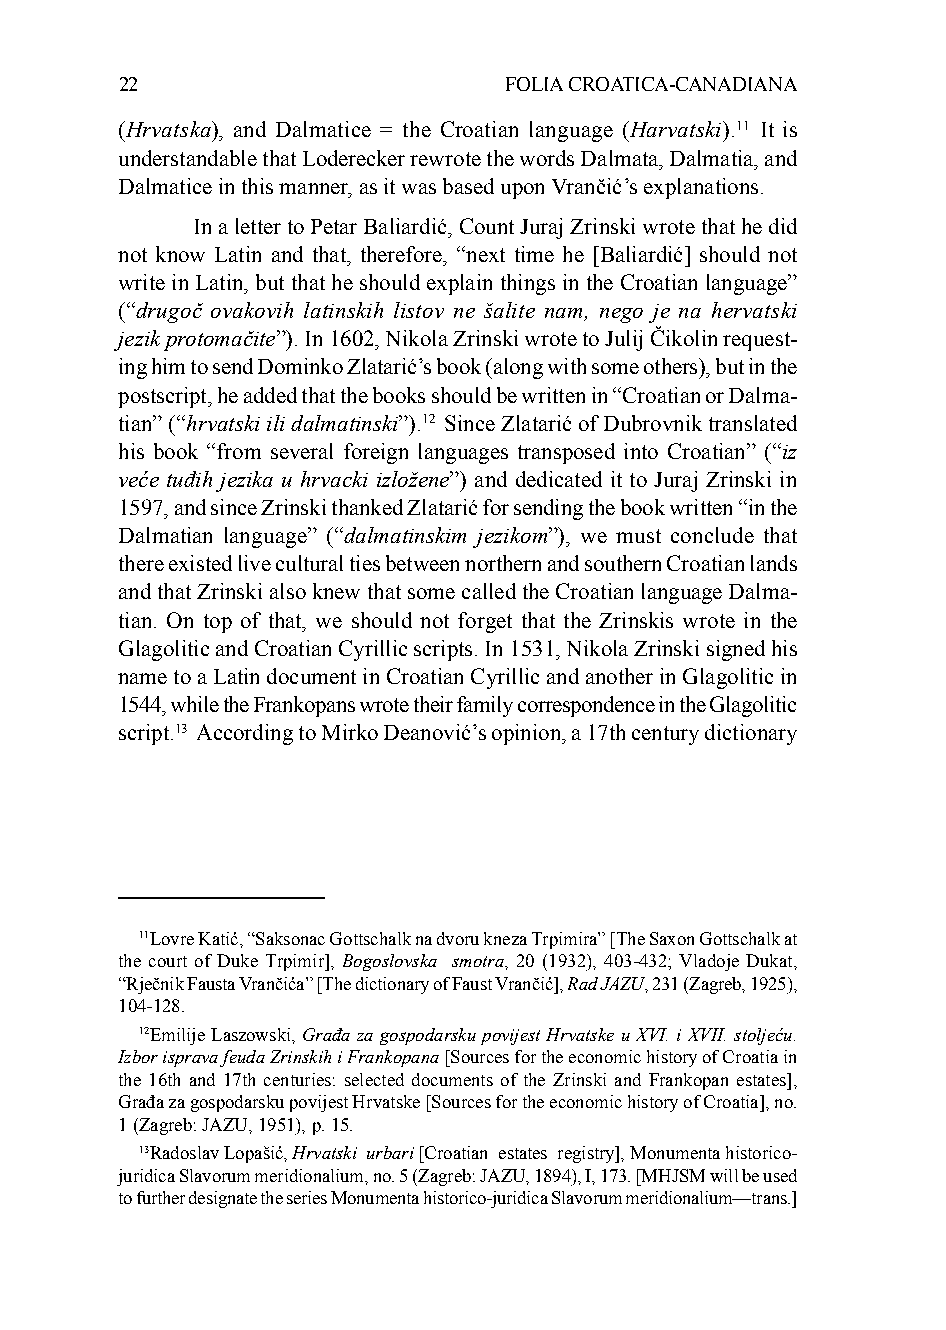
22                       FOLIA CROATICA-CANADIANA
 (Hrvatska), and Dalmatice = the Croatian language (Harvatski).11 It is
 understandable that Loderecker rewrote the words Dalmata, Dalmatia, and
 Dalmatice in this manner, as it was based upon Vrančić’s explanations.
 In a letter to Petar Baliardić, Count Juraj Zrinski wrote that he did
 not know Latin and that, therefore, “next time he [Baliardić] should not
 write in Latin, but that he should explain things in the Croatian language”
 (“drugoč ovakovih latinskih listov ne šalite nam, nego je na hervatski
 jezik protomačite”). In 1602, Nikola Zrinski wrote to Julij Čikolin request-
 ing him to send Dominko Zlatarić’s book (along with some others), but in the
 postscript, he added that the books should be written in “Croatian or Dalma-
 tian” (“hrvatski ili dalmatinski”).12 Since Zlatarić of Dubrovnik translated
 his book “from several foreign languages transposed into Croatian” (“iz
 veće tuđih jezika u hrvacki izložene”) and dedicated it to Juraj Zrinski in
 1597, and since Zrinski thanked Zlatarić for sending the book written “in the
 Dalmatian language” (“dalmatinskim jezikom”), we must conclude that
 there existed live cultural ties between northern and southern Croatian lands
 and that Zrinski also knew that some called the Croatian language Dalma-
 tian. On top of that, we should not forget that the Zrinskis wrote in the
 Glagolitic and Croatian Cyrillic scripts. In 1531, Nikola Zrinski signed his
 name to a Latin document in Croatian Cyrillic and another in Glagolitic in
 1544, while the Frankopans wrote their family correspondence in the Glagolitic
 script.13 According to Mirko Deanović’s opinion, a 17th century dictionary
 11Lovre Katić, “Saksonac Gottschalk na dvoru kneza Trpimira” [The Saxon Gottschalk at
 the court of Duke Trpimir], Bogoslovska smotra, 20 (1932), 403-432; Vladoje Dukat,
 “Rječnik Fausta Vrančića” [The dictionary of Faust Vrančić], Rad JAZU, 231 (Zagreb, 1925),
 104-128.
 12Emilije Laszowski, Građa za gospodarsku povijest Hrvatske u XVI. i XVII. stoljeću.
 Izbor isprava feuda Zrinskih i Frankopana [Sources for the economic history of Croatia in
 the 16th and 17th centuries: selected documents of the Zrinski and Frankopan estates],
 Građa za gospodarsku povijest Hrvatske [Sources for the economic history of Croatia], no.
 1 (Zagreb: JAZU, 1951), p. 15.
 13Radoslav Lopašić, Hrvatski urbari [Croatian estates registry], Monumenta historico-
 juridica Slavorum meridionalium, no. 5 (Zagreb: JAZU, 1894), I, 173. [MHJSM will be used
 to further designate the series Monumenta historico-juridica Slavorum meridionalium—trans.]